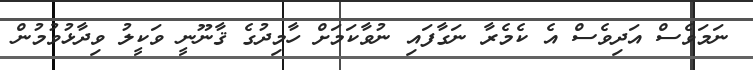
ނަމަވެސް އަދިވެސް އެ ކެމެރާ ނަގާފައި ނުވާކަމަށް ހާމިދުގެ ޤާނޫނީ ވަކީލު ވިދާޅުވުމުން